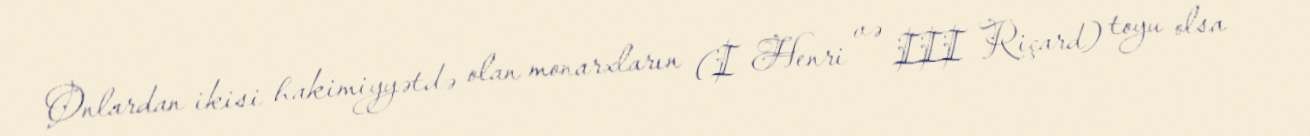
Onlardan ikisi hakimiyyətdə olan monarxların (I Henri və III Riçard) toyu olsa